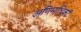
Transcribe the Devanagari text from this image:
अणिमाधिकां